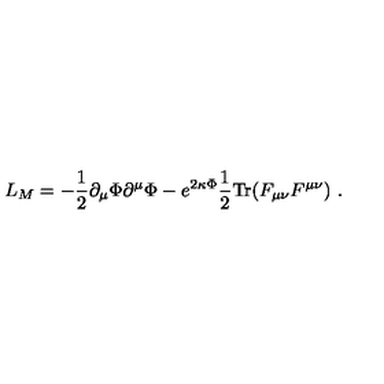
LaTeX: L _ { M } = - \frac { 1 } { 2 } \partial _ { \mu } \Phi \partial ^ { \mu } \Phi - e ^ { 2 \kappa \Phi } \frac { 1 } { 2 } \mathrm { T r } ( F _ { \mu \nu } F ^ { \mu \nu } ) \ .